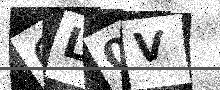
Text: QL0V